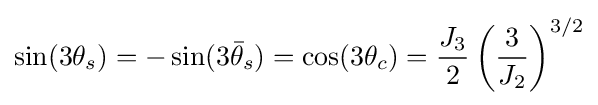
\sin(3\theta _{s})=-\sin(3{\bar {\theta }}_{s})=\cos(3\theta _{c})={\frac {J_{3}}{2}}\left({\frac {3}{J_{2}}}\right)^{3/2}